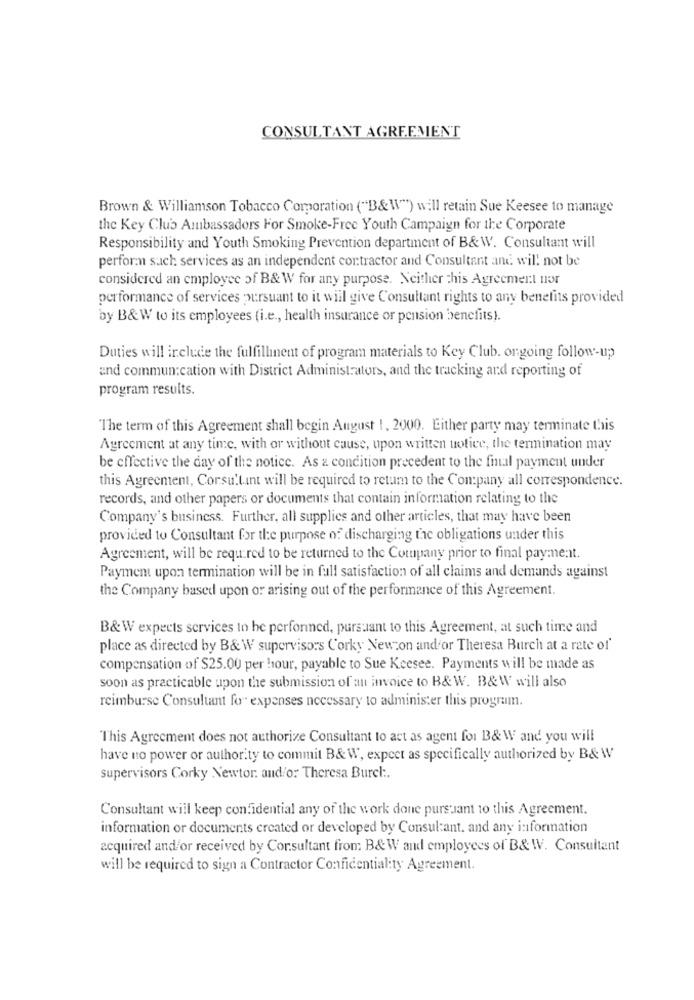
CONSULTANT AGREEMENT
Brown & Williamson Tobacco Comoration ("B&W") will retain Sue Keesee to manage
the Key Club Ambassadors For Smoke-Free Youth Campaign for the Corporate
Responsibility and Youth Smoking Prevention department of B&W. Consultant will
perform such services as an independent contractor and Consultant and will not be
considered an employee of B& W for any purpose. Neither this Agreement nor
performance of services pursuant to it will give Consultant rights to any benefits provided
by B&W to its employees (i.e ., health insurance or pension benefits).
Duties will include the fulfillment of program materials to Key Club. ongoing follow-up
and communication with District Administrators, and the tracking and reporting of
program results.
"The term of this Agreement shall begin August 1, 2000. Either party may terminate this
Agreement at any time, with or without cause, upon written notice, the termination may
be effective the day of the notice. As & condition precedent to the final payment under
this Agreement, Corsu.tint will be required to return to the Company all correspondence.
records, and other papers or documents that contain information relating to the
Company's business. Further, all supplies and other articles, that may have been
provided to Consultant for the purpose of discharging the obligations under this
Agreement, will be required to be returned to the Company prior to final payment.
Payment upon termination will be in full satisfaction of all claims and demands against
the Company based upon or arising out of the performance of this Agreement.
B&W expects services to he perfonned, pursuant to this Agreement, at such time and
place as directed by B& W supervisors Corky Newcon andfor Theresa Burch at a rate of'
compensation of $25.00 per hour, payable to Sue Keesee. Payments will be made as
soon as practicable upon the submission of an invoice to B& W. B&W will also
reimburse Consultant for expenses necessary to administer this program.
This Agreement does not authorize Consultant to act as agent for B& W and you will
have no power or authority to commit B&W, expect as specifically authorized by B& W
supervisors Corky Newtor. and/or Theresa Burel :.
Consultant will keep confidential any of the work done pursuant 10 this Agreement.
information or documents created or developed by Consultant. and any information
acquired and/or received by Cor.sultant from B&W and employees of B&W. Consultant
will be required to sign a Contractor Confidentiality Agreement.